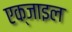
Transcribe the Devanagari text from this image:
एक्जाइल